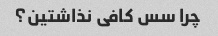
چرا سس کافی نذاشتین؟